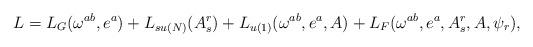
LaTeX: \begin{align*}L=L_{G}(\omega^{ab},e^{a})+L_{su(N)}(A_{s}^{r})+L_{u(1)}(\omega^{ab},e^{a},A)+L_{F}(\omega ^{ab},e^{a},A_{s}^{r},A,\psi _{r}), \end{align*}